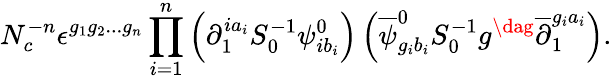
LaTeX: N_{c}^{-n}\epsilon^{g_{1}g_{2}...g_{n}}\prod_{i=1}^{n}\left(\partial_{1}^{ia_{i}}S_{0}^{-1}\psi_{ib_{i}}^{0}\right)\left(\overline{{{\psi}}}_{g_{i}b_{i}}^{0}S_{0}^{-1}g^{\dag}\overline{{{\partial}}}_{1}^{g_{i}a_{i}}\right).